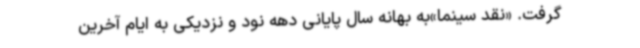
گرفت. «نقد سینما»به بهانه سال پایانی دهه نود و نزدیکی به ایام آخرین